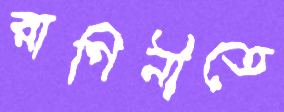
রাগিনীতে